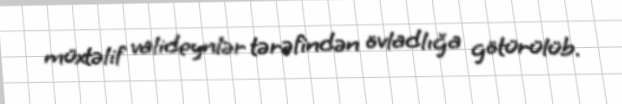
müxtəlif valideynlər tərəfindən övladlığa götürülüb.